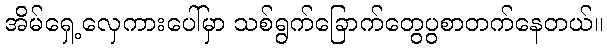
အိမ်ရှေ့လှေကားပေါ်မှာ သစ်ရွက်ခြောက်တွေပွစာတက်နေတယ်။